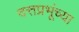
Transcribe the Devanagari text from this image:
दत्तप्रभूंच्या